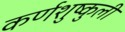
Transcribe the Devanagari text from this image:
कर्णशुष्कुली